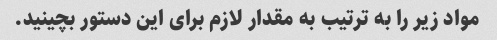
مواد زیر را به ترتیب به مقدار لازم برای این دستور بچینید.